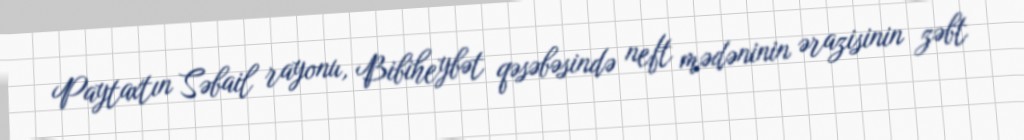
Paytaxtın Səbail rayonu, Bibiheybət qəsəbəsində neft mədəninin ərazisinin zəbt